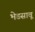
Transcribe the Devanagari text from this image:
भेडसावू